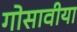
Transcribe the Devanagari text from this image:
गोसावीया